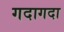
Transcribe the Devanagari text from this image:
गदागदा